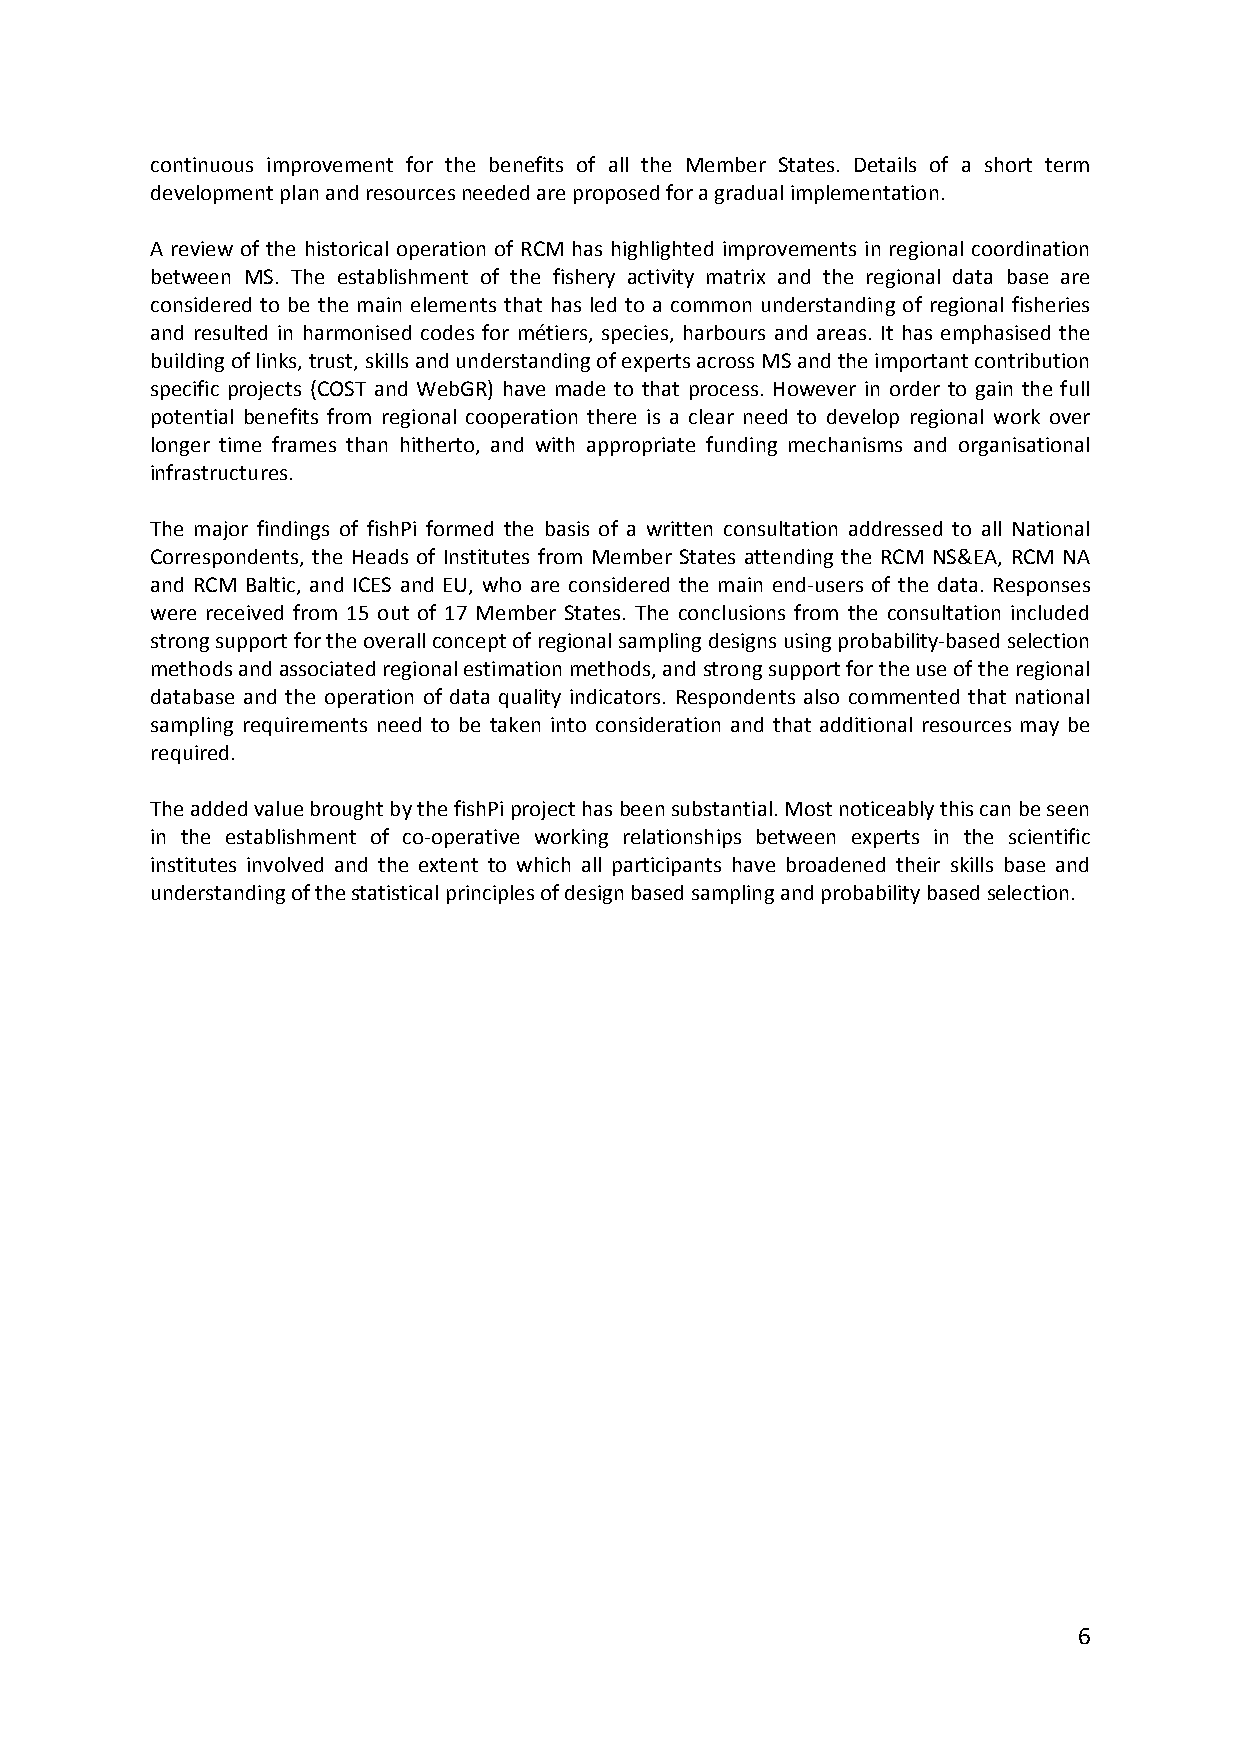
continuous improvement for the benefits of all the Member States. Details of a short term
 development plan and resources needed are proposed for a gradual implementation.
 A review of the historical operation of RCM has highlighted improvements in regional coordination
 between MS. The establishment of the fishery activity matrix and the regional data base are
 considered to be the main elements that has led to a common understanding of regional fisheries
 and resulted in harmonised codes for métiers, species, harbours and areas. It has emphasised the
 building of links, trust, skills and understanding of experts across MS and the important contribution
 specific projects (COST and WebGR) have made to that process. However in order to gain the full
 potential benefits from regional cooperation there is a clear need to develop regional work over
 longer time frames than hitherto, and with appropriate funding mechanisms and organisational
 infrastructures.
 The major findings of fishPi formed the basis of a written consultation addressed to all National
 Correspondents, the Heads of Institutes from Member States attending the RCM NS&EA, RCM NA
 and RCM Baltic, and ICES and EU, who are considered the main end‐users of the data. Responses
 were received from 15 out of 17 Member States. The conclusions from the consultation included
 strong support for the overall concept of regional sampling designs using probability‐based selection
 methods and associated regional estimation methods, and strong support for the use of the regional
 database and the operation of data quality indicators. Respondents also commented that national
 sampling requirements need to be taken into consideration and that additional resources may be
 required.
 The added value brought by the fishPi project has been substantial. Most noticeably this can be seen
 in the establishment of co‐operative working relationships between experts in the scientific
 institutes involved and the extent to which all participants have broadened their skills base and
 understanding of the statistical principles of design based sampling and probability based selection.
 6